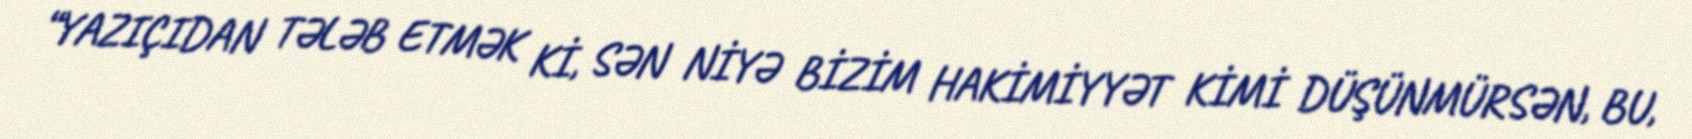
“YAZIÇIDAN TƏLƏB ETMƏK Kİ, SƏN NİYƏ BİZİM HAKİMİYYƏT KİMİ DÜŞÜNMÜRSƏN, BU,